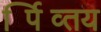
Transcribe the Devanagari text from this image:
पर्व्तिय